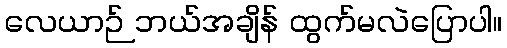
လေယာဉ် ဘယ်အချိန် ထွက်မလဲပြောပါ။